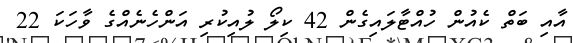
އާއި ބަތް ކެއުން ހުއްޓާލައިގެން 42 ކިލޯ ލުއިކުރި އަންހެނެއްގެ ވާހަކަ 22